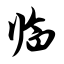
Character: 临